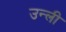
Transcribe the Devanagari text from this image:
उन्ली